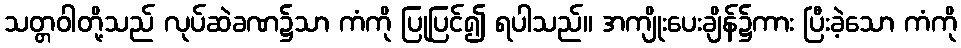
သတ္တဝါတို့သည် လုပ်ဆဲခဏ၌သာ ကံကို ပြုပြင်၍ ရပါသည်။ အကျိုးပေးချိန်၌ကား ပြီးခဲ့သော ကံကို